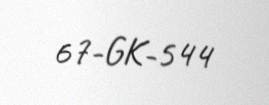
67-GK-544